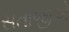
સતાજીએ